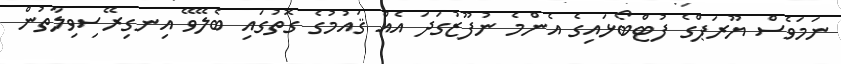
ނަމަވެސް ޔޫރަޕްގެ ފުޓްބޯޅައިގެ އެންމެ ނުފޫޒުގަދަ އެއް ޤައުމުގެ ގޮތުގައި ބެލޭވޭ އިނގިރޭސިވިލާތުން